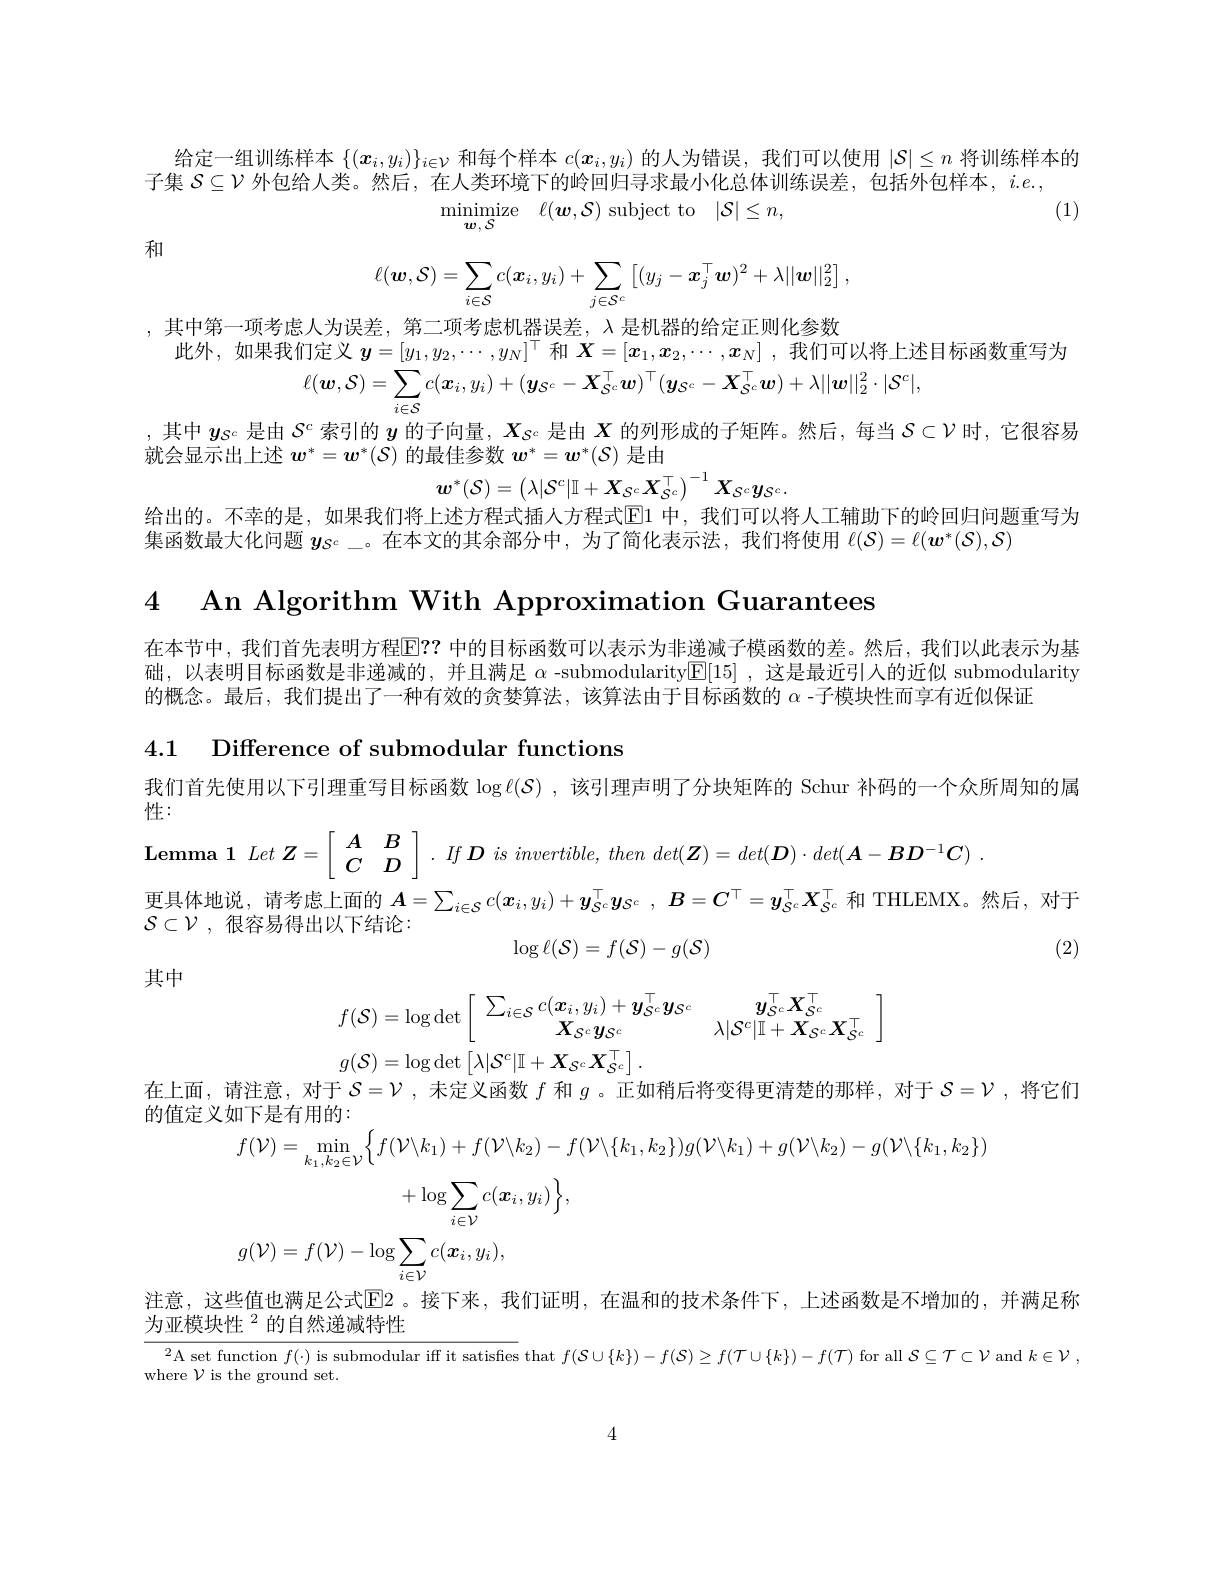
给定一组训练样本$\{(x_i,y_i)\}_{i\in\mathcal{V}}$和每个样本$c(\boldsymbol{x}_i,y_i)$的人为错误，我们可以使用$|\mathcal{S}|\leq n$将训练样本的
子集$S\subseteq\mathcal{V}$外包给人类。然后，在人类环境下的岭回归寻求最小化总体训练误差，包括外包样本，$i.e.$,
(1)
$\operatorname* { minimize} _{\boldsymbol{w}\:S}$ $\ell ( \boldsymbol{w}, \mathcal{S} )$ subject to $| \mathcal{S} | \leq n$,

和
$$\ell(\boldsymbol{w},\mathcal{S})=\sum_{i\in\mathcal{S}}c(\boldsymbol{x}_{i},y_{i})+\sum_{j\in\mathcal{S}^{c}}\left[(y_{j}-\boldsymbol{x}_{j}^{\top}\boldsymbol{w})^{2}+\lambda||\boldsymbol{w}||_{2}^{2}\right],$$
,其中第一项考虑人为误差，第二项考虑机器误差，$\lambda$是机器的给定正则化参数
$$\text{们定义 }\boldsymbol{y}=[y_1,y_2,\cdots,y_N]^\top\text{ 和 }\boldsymbol{X}=[\boldsymbol{x}_1,\boldsymbol{x}_2,\cdots,\boldsymbol{x}_N]\text{,我们可以将上述}\\\ell(\boldsymbol{w},\mathcal{S})=\sum_{i\in\mathcal{S}}c(\boldsymbol{x}_{i},y_{i})+(\boldsymbol{y}_{\mathcal{S}^{c}}-\boldsymbol{X}_{\mathcal{S}^{c}}^{\top}\boldsymbol{w})^{\top}(\boldsymbol{y}_{\mathcal{S}^{c}}-\boldsymbol{X}_{\mathcal{S}^{c}}^{\top}\boldsymbol{w})+\lambda||\boldsymbol{w}||_{2}^{2}\cdot|\mathcal{S}^{c}|,$$
,其中$y_{S^c}$是由$S^c$索引的$y$的子向量，$X_\mathcal{S^c}$是由$X$的列形成的子矩阵。然后，每当$\mathcal{S}\subset\mathcal{V}$时，它很容易
就会显示出上述$w^*=w^*(\mathcal{S})$的最佳参数$w^*=\boldsymbol w^*(\mathcal{S})$是由
$$\boldsymbol{w}^*(\mathcal{S})=\left(\lambda|\mathcal{S}^c|\mathbb{I}+\boldsymbol{X}_{\mathcal{S}^c}\boldsymbol{X}_{\mathcal{S}^c}^\top\right)^{-1}\boldsymbol{X}_{\mathcal{S}^c}\boldsymbol{y}_{\mathcal{S}^c}.$$
给出的。不幸的是，如果我们将上述方程式插人方程式$\mathbb{E}$1 中，我们可以将人工辅助下的岭回归问题重写为
集函数最大化问题$y_{S^c-\text{。在本文的其余部分中，为了简化表示法，我们将使用 }\ell(\mathcal{S})=\ell(\boldsymbol{w}^*(\mathcal{S}),\mathcal{S})}$

4 An Algorithm With Approximation Guarantees

在本节中，我们首先表明方程$\overline{\mathrm{E}}??$ 中的目标函数可以表示为非递减子模函数的差。然后，我们以此表示为基础，以表明目标函数是非递减的，并且满足$\alpha$ -submodularityE[15] ,这是最近引入的近似 submodularity 的概念。最后，我们提出了一种有效的贪婪算法，该算法由于目标函数的$\alpha$ -子模块性而享有近似保证

4.1 Difference of submodular functions

我们首先使用以下引理重写目标函数$\log\ell(\mathcal{S})$ ,该引理声明了分块矩阵的 Schur 补码的一个众所周知的属

性：

$\textbf{iemma }1\textit{Let Z}= \begin{vmatrix} A& B\\ C& D\end{vmatrix} . If\boldsymbol{D}\textit{is invertible,  then det}( \boldsymbol{Z}) = det( \boldsymbol{D}) \cdot det( \boldsymbol{A}- \boldsymbol{BD}^{- 1}\boldsymbol{C})$
$$\boldsymbol{A}=\sum_{i\in\mathcal{S}}c(\boldsymbol{x}_{i},y_{i})+\boldsymbol{y}_{\mathcal{S}^{c}}^{\top}\boldsymbol{y}_{\mathcal{S}^{c}}\:,\:B=\boldsymbol{C}^{\top}=\boldsymbol{y}_{\mathcal{S}^{c}}^{\top}\boldsymbol{X}_{\mathcal{S}^{c}}^{\top}$$
$\mathcal{S} \subset \mathcal{V}$ ,很容易得出以下结论：
(2)
$$\log\ell(\mathcal{S})=f(\mathcal{S})-g(\mathcal{S})$$
其中
$$f(\mathcal{S})=\log\det\left[\begin{array}{cc}\sum_{i\in\mathcal{S}}c(\boldsymbol{x}_i,y_i)+\boldsymbol{y}_{S^c}^\top\boldsymbol{y}_{S^c}&\boldsymbol{y}_{S^c}^\top\boldsymbol{X}_{S^c}^\top\\\boldsymbol{X}_{\mathcal{S}^c}\boldsymbol{y}_{\mathcal{S}^c}&\lambda|\mathcal{S}^c|\mathbb{I}+\boldsymbol{X}_{\mathcal{S}^c}\boldsymbol{X}_{\mathcal{S}^c}^\top\end{array}\right]$$
$g(\mathcal{S})=\log\det\left[\lambda|\mathcal{S}^{c}|\mathbb{I}+\boldsymbol{X}_{\mathcal{S}^{c}}\boldsymbol{X}_{\mathcal{S}^{c}}^{\top}\right].$

在上面，请注意，对于$S=\mathcal{V}$ ,未定义函数$f$和$g$ 。正如稍后将变得更清楚的那样，对于$S=\mathcal{V}$,将它们
的值定义如下是有用的：
$$\begin{aligned}&\text{如下是有用的}\\&f(\mathcal{V})=\operatorname*{min}_{k_{1},k_{2}\in\mathcal{V}}\Big\{f(\mathcal{V}\backslash k_{1})+f(\mathcal{V}\backslash k_{2})-f(\mathcal{V}\backslash\{k_{1},k_{2}\})g(\mathcal{V}\backslash k_{1})+g(\mathcal{V}\backslash k_{2})-g(\mathcal{V}\backslash\{k_{1},k_{2}\})\\&+\log\sum_{i\in\mathcal{V}}c(\boldsymbol{x}_{i},y_{i})\Big\},\\&g(\mathcal{V})=f(\mathcal{V})-\log\sum_{i\in\mathcal{V}}c(\boldsymbol{x}_{i},y_{i}),\end{aligned}$$
注意，这些值也满足公式$\overline{\mathrm{E}}$2 。接下来，我们证明，在温和的技术条件下，上述函数是不增加的，并满足称
为亚模块性$^{2}$的自然递减特性

$^{2}$A set function $f(\cdot)$ is submodular iff it satisfies that $f(\mathcal{S}\cup\{k\})-f(\mathcal{S})\geq f(\mathcal{T}\cup\{k\})-f(\mathcal{T})$ for all $\mathcal{S}\subseteq\mathcal{T}\subset\mathcal{V}$ and $k\in\mathcal{V}$,
where $\mathcal{V}$ is the ground set.

4